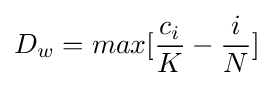
D_{w}=max[{\frac {c_{i}}{K}}-{\frac {i}{N}}]